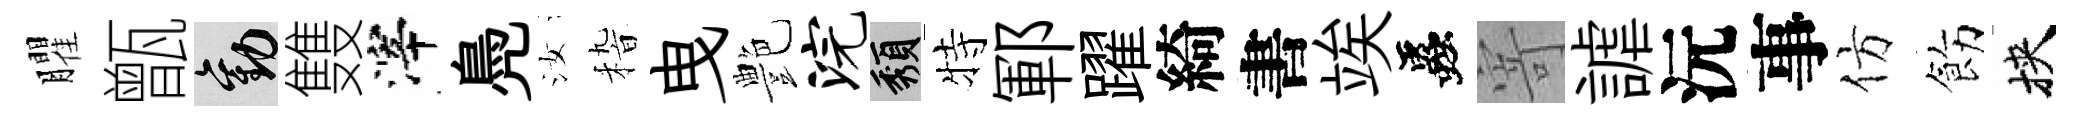
臞甑勸䨇滓鳧汝𥟵曳艶浣頽特鄆躍綺書竢蟲寄謔沅事仿飭挾